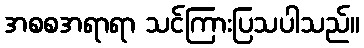
အစစအရာရာ သင်ကြားပြသပါသည်။